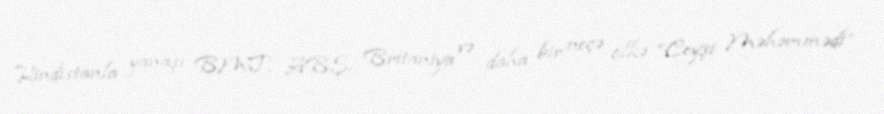
Hindistanla yanaşı BMT, ABŞ, Britaniya və daha bir neçə ölkə “Ceyşi Məhəmmədi”